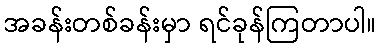
အခန်းတစ်ခန်းမှာ ရင်ခုန်ကြတာပါ။